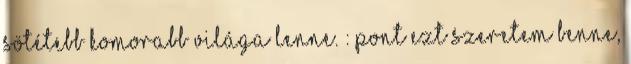
sötétebb komorabb világa lenne. : Pont ezt szeretem benne,